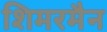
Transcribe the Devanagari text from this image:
शिमरमैन